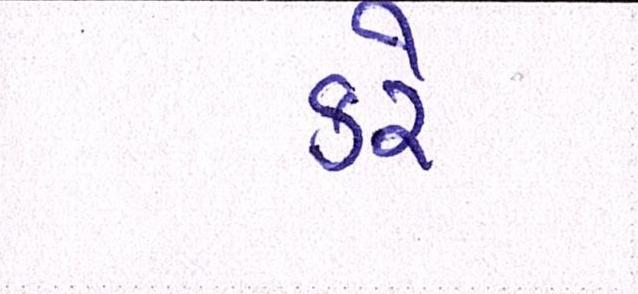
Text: કરેં